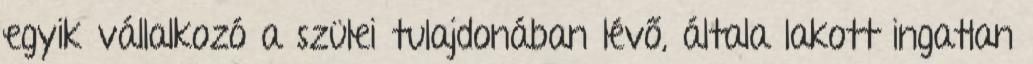
egyik vállalkozó a szülei tulajdonában lévő, általa lakott ingatlan